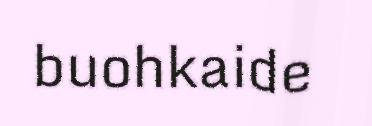
buohkaide